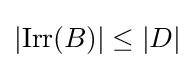
|{\rm {Irr}}(B)|\leq |D|